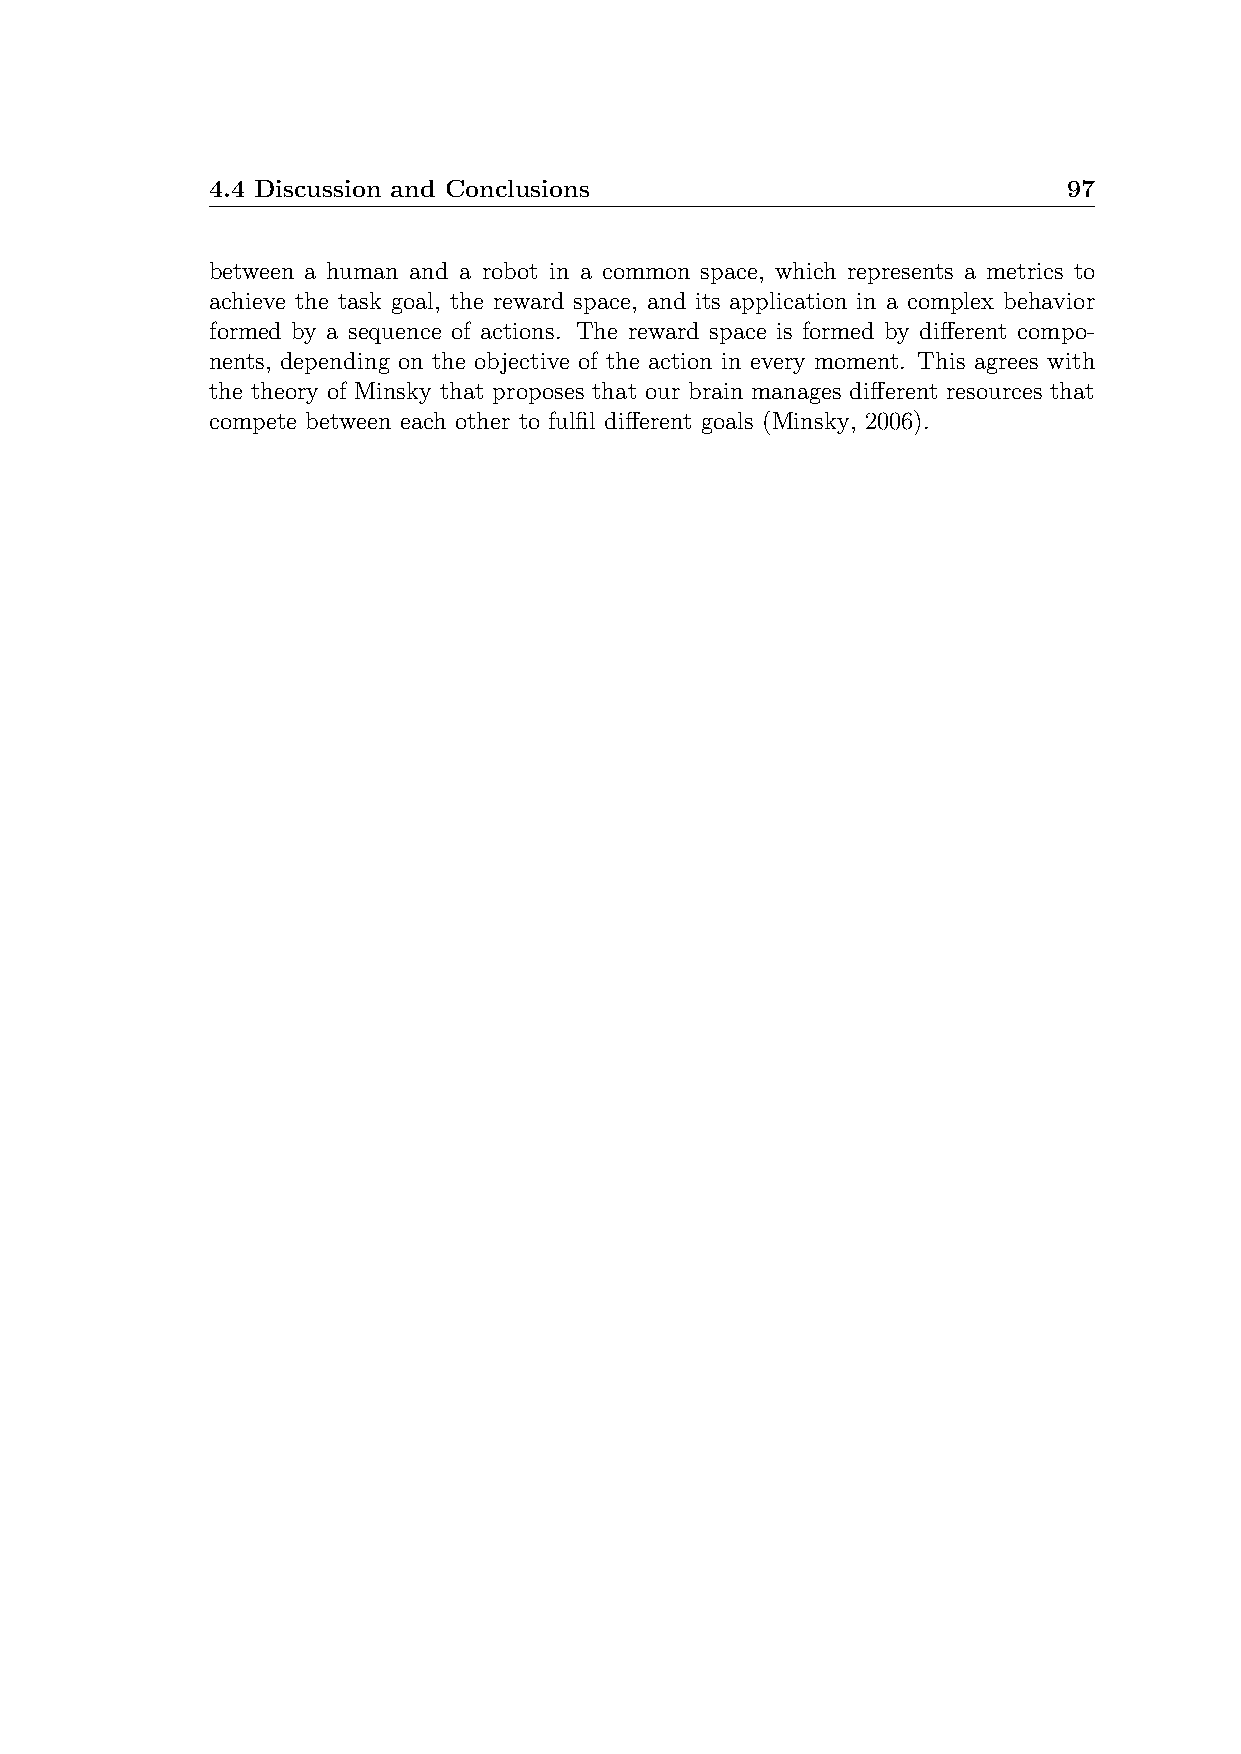
4.4 Discussion and Conclusions                           97
 between a human and a robot in a common space, which represents a metrics to
 achieve the task goal, the reward space, and its application in a complex behavior
 formed by a sequence of actions. The reward space is formed by different compo-
 nents, depending on the objective of the action in every moment. This agrees with
 the theory of Minsky that proposes that our brain manages different resources that
 compete between each other to fulfil different goals (Minsky, 2006).